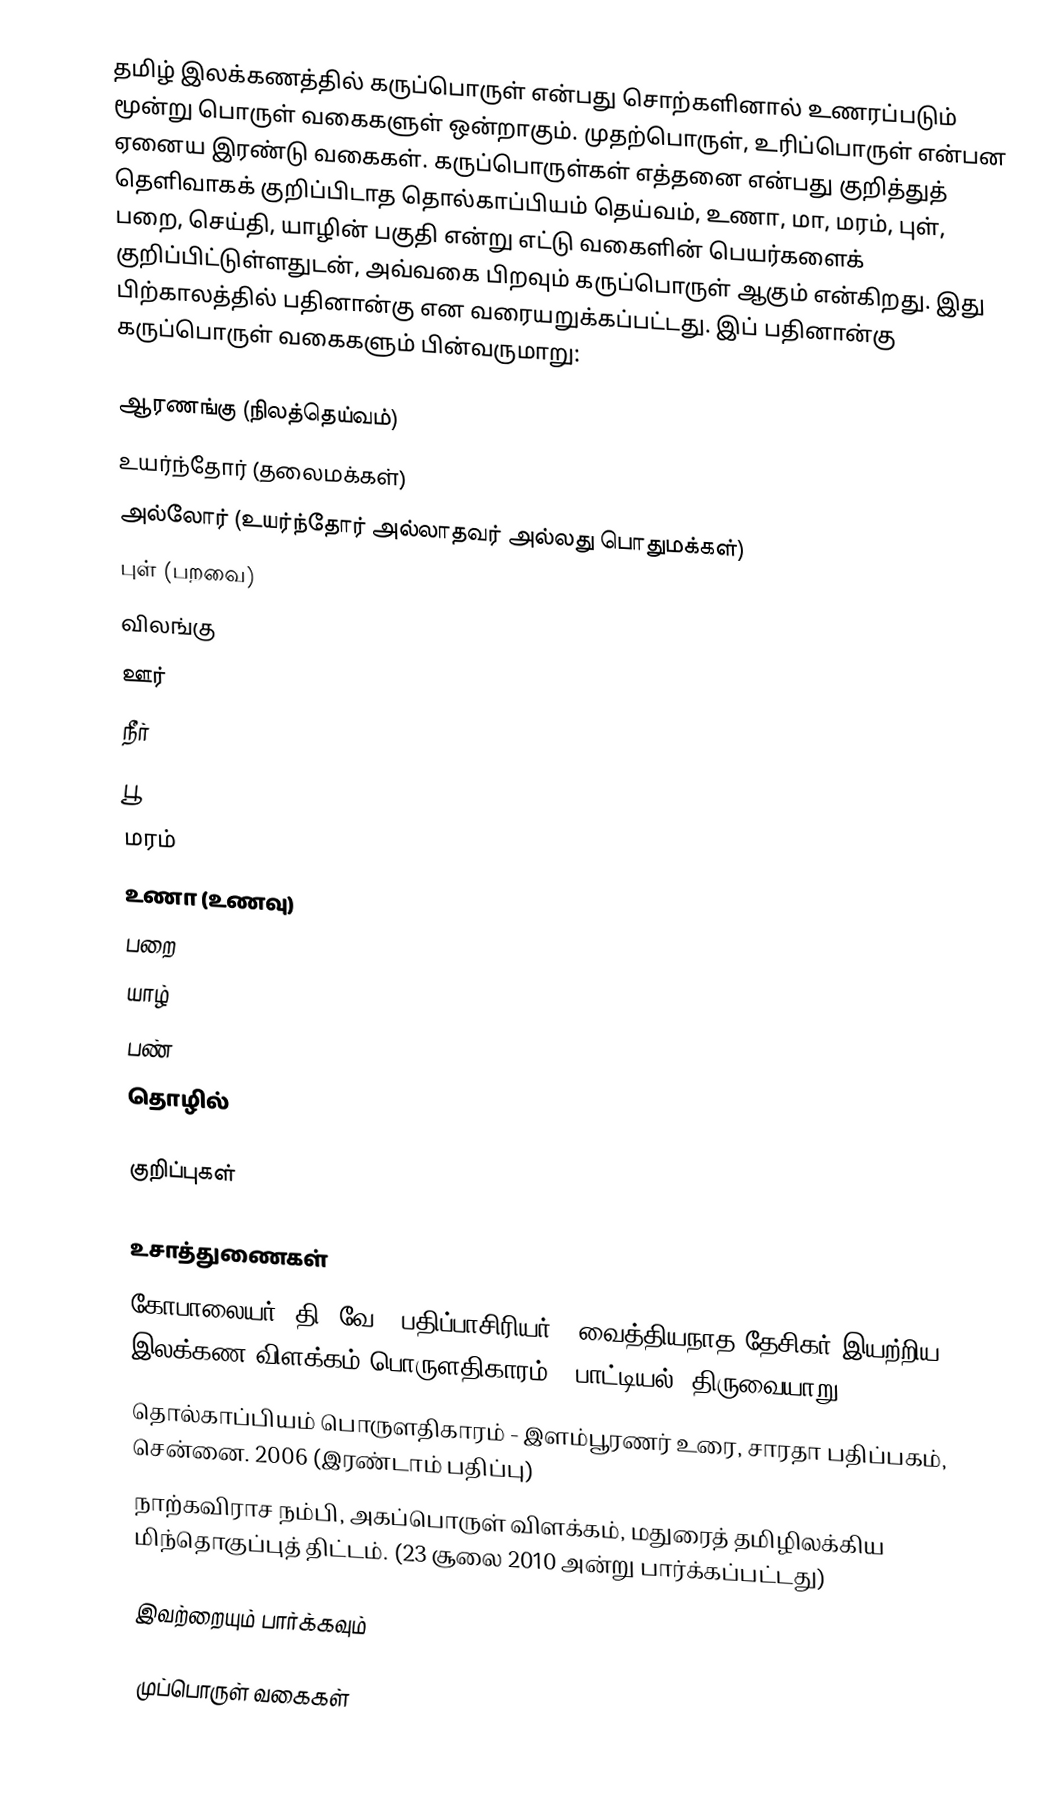
தமிழ் இலக்கணத்தில் கருப்பொருள் என்பது சொற்களினால் உணரப்படும் மூன்று பொருள் வகைகளுள் ஒன்றாகும். முதற்பொருள், உரிப்பொருள் என்பன ஏனைய இரண்டு வகைகள். கருப்பொருள்கள் எத்தனை என்பது குறித்துத் தெளிவாகக் குறிப்பிடாத தொல்காப்பியம் தெய்வம், உணா, மா, மரம், புள், பறை, செய்தி, யாழின் பகுதி என்று எட்டு வகைளின் பெயர்களைக் குறிப்பிட்டுள்ளதுடன், அவ்வகை பிறவும் கருப்பொருள் ஆகும் என்கிறது. இது பிற்காலத்தில் பதினான்கு என வரையறுக்கப்பட்டது. இப் பதினான்கு கருப்பொருள் வகைகளும் பின்வருமாறு:

 ஆரணங்கு (நிலத்தெய்வம்)
 உயர்ந்தோர் (தலைமக்கள்)
 அல்லோர் (உயர்ந்தோர் அல்லாதவர் அல்லது பொதுமக்கள்)
 புள் (பறவை)
 விலங்கு
 ஊர்
 நீர்
 பூ
 மரம்
 உணா (உணவு)
 பறை
 யாழ்
 பண்
 தொழில்

குறிப்புகள்

உசாத்துணைகள்
 கோபாலையர், தி. வே. (பதிப்பாசிரியர்), வைத்தியநாத தேசிகர் இயற்றிய இலக்கண விளக்கம் பொருளதிகாரம் - பாட்டியல், திருவையாறு.
 தொல்காப்பியம் பொருளதிகாரம் - இளம்பூரணர் உரை, சாரதா பதிப்பகம், சென்னை. 2006 (இரண்டாம் பதிப்பு)
 நாற்கவிராச நம்பி, அகப்பொருள் விளக்கம், மதுரைத் தமிழிலக்கிய மிந்தொகுப்புத் திட்டம். (23 சூலை 2010 அன்று பார்க்கப்பட்டது)

இவற்றையும் பார்க்கவும்

முப்பொருள் வகைகள்